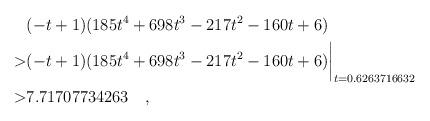
LaTeX: \begin{align*} & (-t+1)(185t^4+698t^3-217t^2-160t+6) \\> & (-t+1)(185t^4+698t^3-217t^2-160t+6)\biggr\rvert_{t=0.6263716632} \\> & 7.71707734263 \quad , \end{align*}